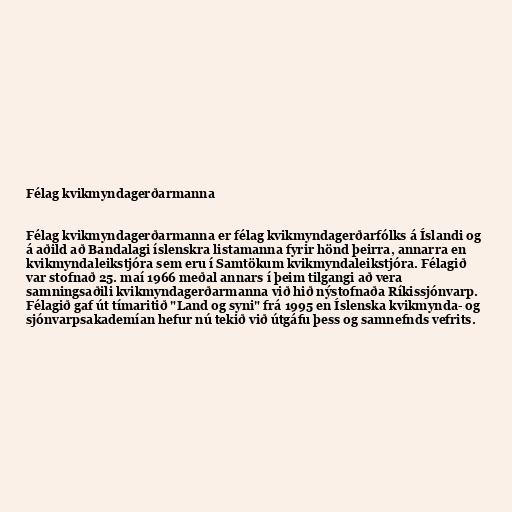
Félag kvikmyndagerðarmanna

Félag kvikmyndagerðarmanna er félag kvikmyndagerðarfólks á Íslandi og
á aðild að Bandalagi íslenskra listamanna fyrir hönd þeirra, annarra en
kvikmyndaleikstjóra sem eru í Samtökum kvikmyndaleikstjóra. Félagið
var stofnað 25. maí 1966 meðal annars í þeim tilgangi að vera
samningsaðili kvikmyndagerðarmanna við hið nýstofnaða Ríkissjónvarp.
Félagið gaf út tímaritið "Land og syni" frá 1995 en Íslenska kvikmynda- og
sjónvarpsakademían hefur nú tekið við útgáfu þess og samnefnds vefrits.